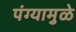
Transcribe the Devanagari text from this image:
पंग्यामुळे